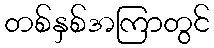
တစ်နှစ်အကြာတွင်